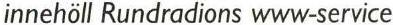
innehöll Rundradions www-service